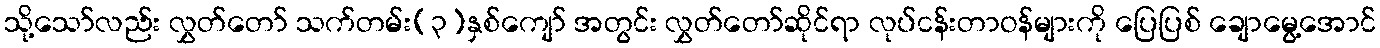
သို့သော်လည်း လွှတ်တော် သက်တမ်း(၃)နှစ်ကျော် အတွင်း လွှတ်တော်ဆိုင်ရာ လုပ်ငန်းတာဝန်များကို ပြေပြစ် ချောမွေ့အောင်